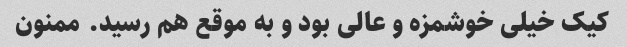
کیک خیلی خوشمزه و عالی بود و به موقع هم رسید. ممنون